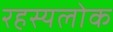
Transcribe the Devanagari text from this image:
रहस्यलोक